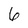
Character: 6